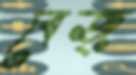
বেজ্